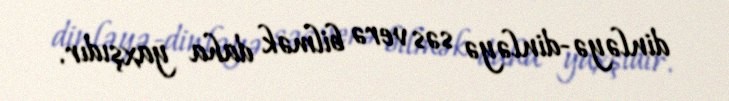
dinləyə-dinləyə səs verə bilmək daha yaxşıdır.